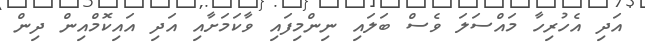
އަދި އެހުރިހާ މައްސަލަ ވެސް ބަލައި ނިންމިފައި ވާކަމަށާއި އަދި އައިކޮމްއިން ދިން